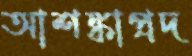
আশঙ্কাপ্রদ